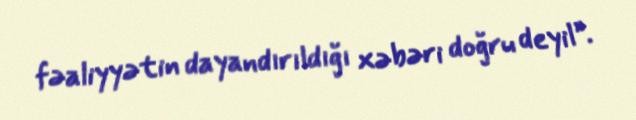
fəaliyyətin dayandırıldığı xəbəri doğru deyil”.